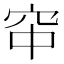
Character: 䆔